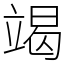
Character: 竭